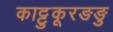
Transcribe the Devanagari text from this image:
काट्टुकूरङङु